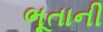
ભૂતાની